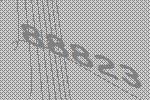
88823